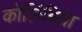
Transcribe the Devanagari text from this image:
कोलिंबिया